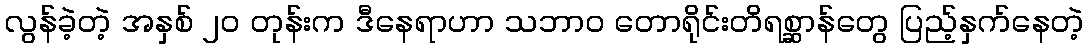
လွန်ခဲ့တဲ့ အနှစ် ၂၀ တုန်းက ဒီနေရာဟာ သဘာဝ တောရိုင်းတိရစ္ဆာန်တွေ ပြည့်နှက်နေတဲ့